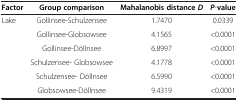
<table><thead><tr><td><b>Factor</b></td><td><b>Group comparison</b></td><td><b>Mahalanobis distance <i>D</i></b></td><td><b><i>P</i>-value</b></td></tr></thead><tbody><tr><td>Lake</td><td>Gollinsee-Schulzensee</td><td>1.7470</td><td>0.0339</td></tr><tr><td> </td><td>Gollinsee-Globsowsee</td><td>4.1565</td><td>&lt;0.0001</td></tr><tr><td> </td><td>Gollinsee-Döllnsee</td><td>6.8997</td><td>&lt;0.0001</td></tr><tr><td> </td><td>Schulzensee- Globsowsee</td><td>4.1778</td><td>&lt;0.0001</td></tr><tr><td> </td><td>Schulzensee- Döllnsee</td><td>6.5990</td><td>&lt;0.0001</td></tr><tr><td> </td><td>Globsowsee-Döllnsee</td><td>9.4319</td><td>&lt;0.0001</td></tr></tbody></table>